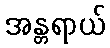
အန္တရာယ်